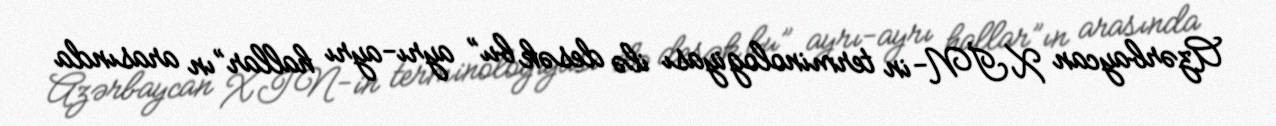
Azərbaycan XİN-in terminologiyası ilə desək bu” ayrı-ayrı hallar”ın arasında